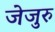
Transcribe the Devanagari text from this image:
जेजुरु